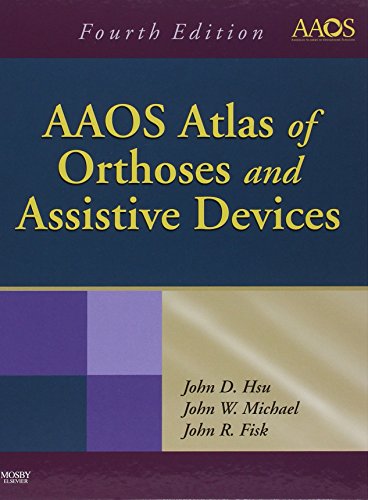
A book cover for AAOS Atlas of Orthoses and Assistive Devices, 4e; John D. Hsu MD; Health, Fitness & Dieting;